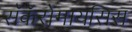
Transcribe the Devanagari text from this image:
सॅकॅरोमायसिस